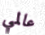
عالمي